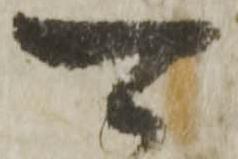
能